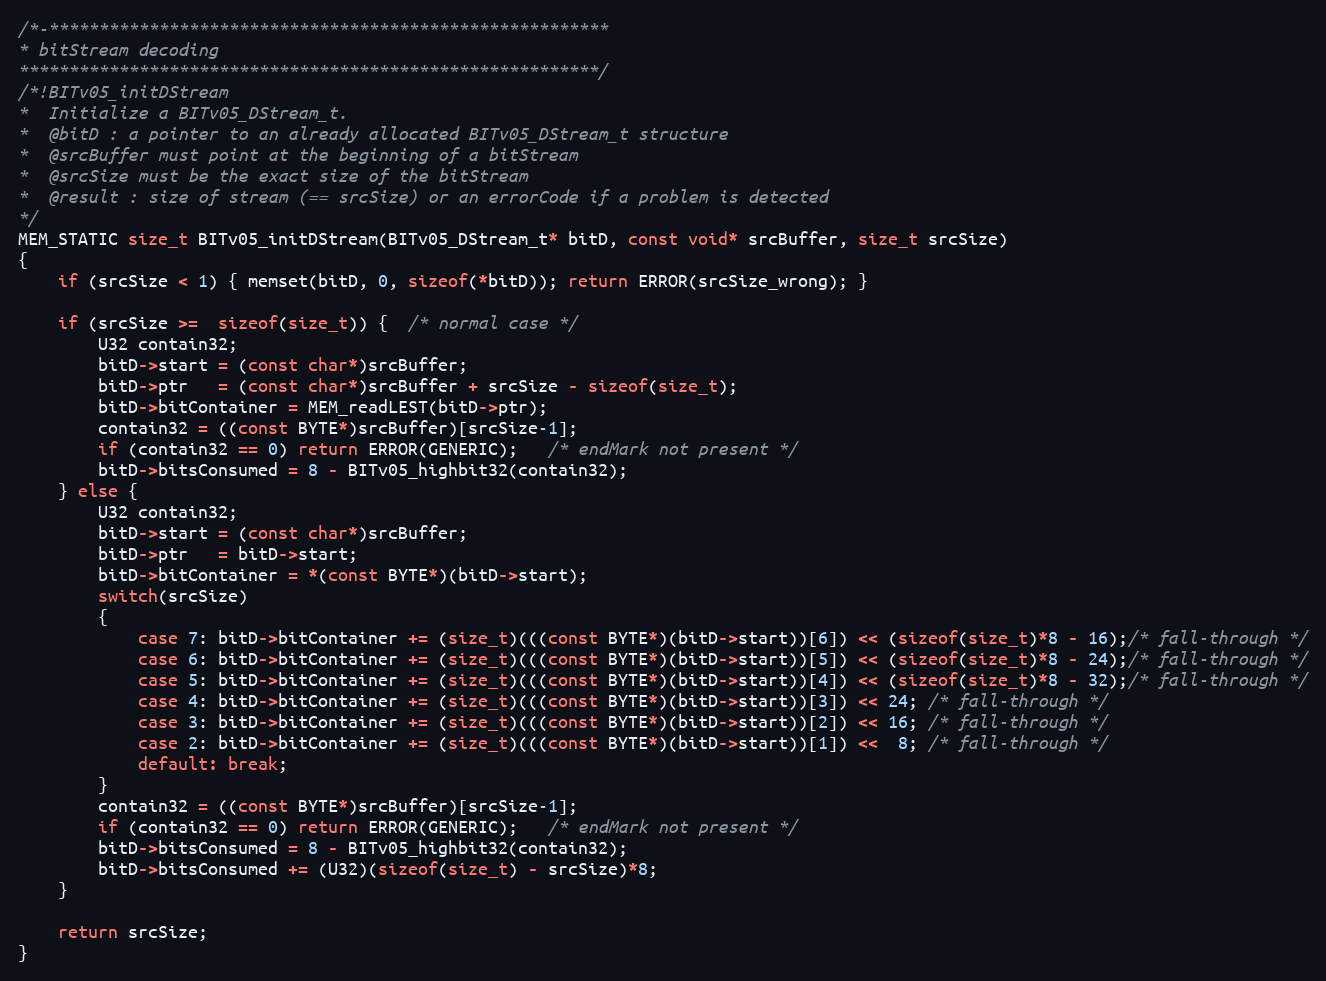
Language: C
/*-********************************************************
* bitStream decoding
**********************************************************/
/*!BITv05_initDStream
*  Initialize a BITv05_DStream_t.
*  @bitD : a pointer to an already allocated BITv05_DStream_t structure
*  @srcBuffer must point at the beginning of a bitStream
*  @srcSize must be the exact size of the bitStream
*  @result : size of stream (== srcSize) or an errorCode if a problem is detected
*/
MEM_STATIC size_t BITv05_initDStream(BITv05_DStream_t* bitD, const void* srcBuffer, size_t srcSize)
{
    if (srcSize < 1) { memset(bitD, 0, sizeof(*bitD)); return ERROR(srcSize_wrong); }

    if (srcSize >=  sizeof(size_t)) {  /* normal case */
        U32 contain32;
        bitD->start = (const char*)srcBuffer;
        bitD->ptr   = (const char*)srcBuffer + srcSize - sizeof(size_t);
        bitD->bitContainer = MEM_readLEST(bitD->ptr);
        contain32 = ((const BYTE*)srcBuffer)[srcSize-1];
        if (contain32 == 0) return ERROR(GENERIC);   /* endMark not present */
        bitD->bitsConsumed = 8 - BITv05_highbit32(contain32);
    } else {
        U32 contain32;
        bitD->start = (const char*)srcBuffer;
        bitD->ptr   = bitD->start;
        bitD->bitContainer = *(const BYTE*)(bitD->start);
        switch(srcSize)
        {
            case 7: bitD->bitContainer += (size_t)(((const BYTE*)(bitD->start))[6]) << (sizeof(size_t)*8 - 16);/* fall-through */
            case 6: bitD->bitContainer += (size_t)(((const BYTE*)(bitD->start))[5]) << (sizeof(size_t)*8 - 24);/* fall-through */
            case 5: bitD->bitContainer += (size_t)(((const BYTE*)(bitD->start))[4]) << (sizeof(size_t)*8 - 32);/* fall-through */
            case 4: bitD->bitContainer += (size_t)(((const BYTE*)(bitD->start))[3]) << 24; /* fall-through */
            case 3: bitD->bitContainer += (size_t)(((const BYTE*)(bitD->start))[2]) << 16; /* fall-through */
            case 2: bitD->bitContainer += (size_t)(((const BYTE*)(bitD->start))[1]) <<  8; /* fall-through */
            default: break;
        }
        contain32 = ((const BYTE*)srcBuffer)[srcSize-1];
        if (contain32 == 0) return ERROR(GENERIC);   /* endMark not present */
        bitD->bitsConsumed = 8 - BITv05_highbit32(contain32);
        bitD->bitsConsumed += (U32)(sizeof(size_t) - srcSize)*8;
    }

    return srcSize;
}